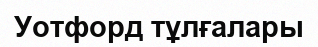
Уотфорд тұлғалары